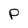
Character: p